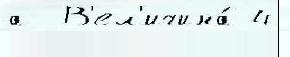
а  В'ел'ичина́ 4